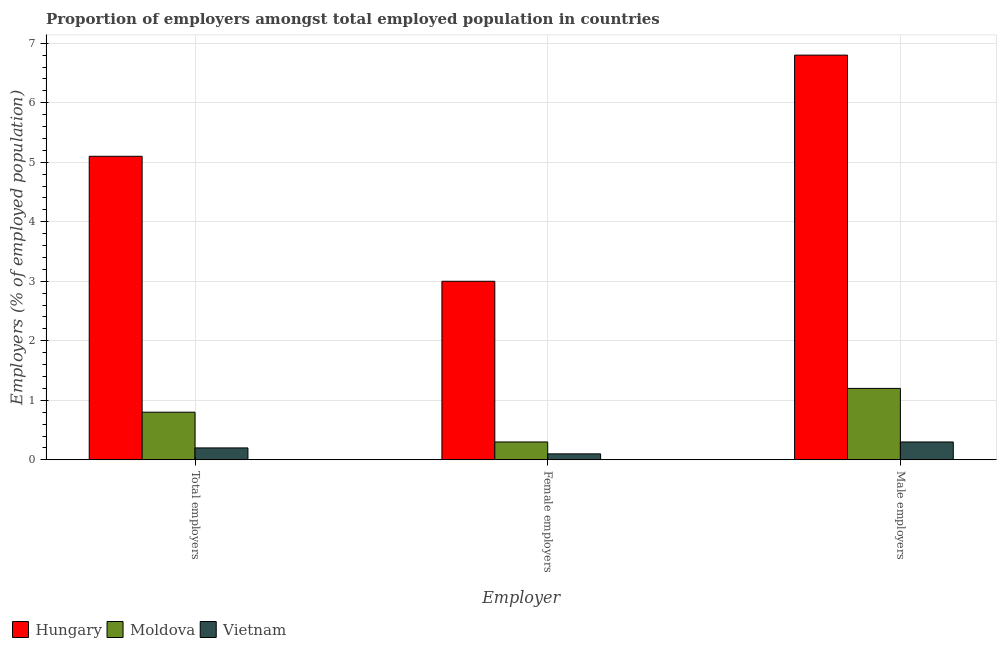
| Employer | Hungary | Moldova | Vietnam |
 | --- | --- | --- | --- |
 | Total employers | 5.1 | 0.8 | 0.2 |
 | Female employers | 3 | 0.3 | 0.1 |
 | Male employers | 6.8 | 1.2 | 0.3 |